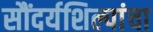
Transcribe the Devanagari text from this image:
सौंदर्यशिल्पांचा